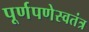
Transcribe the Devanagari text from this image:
पूर्णपणेस्वतंत्र